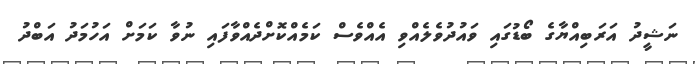
ނަޝީދު އަރަބިއްޔާގެ ބޯޑުގައި ވައުދުވެލެއްވި އެއްވެސް ކަމެއްކޮށްދެއްވާފައި ނުވާ ކަމަށް އަހުމަދު އަބްދު